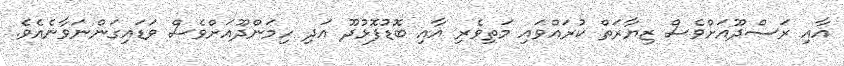
އާއި ރަސްދޫއަށްވެސް ޒިޔާރަތް ކުރައްވައި މަތިވެރި އާއި ބޮޑުފޮޅުދޫ އަދި ހިމަންދޫއަށްވެސް ވަޑައިގަންނަވާނެއެވެ.